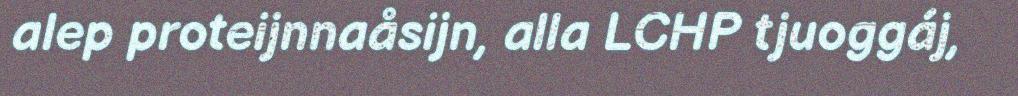
alep proteijnnaåsijn, alla LCHP tjuoggáj,